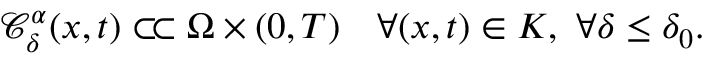
\mathcal { C } _ { \delta } ^ { \alpha } ( x , t ) \subset \joinrel \subset \Omega \times ( 0 , T ) \ \ \ \forall ( x , t ) \in K , \ \forall \delta \leq \delta _ { 0 } .